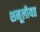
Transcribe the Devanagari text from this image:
शमूलीयत